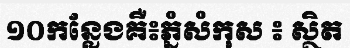
១០កន្លែងគឺ៖ភ្នំសំកុស ៖ ស្ថិត